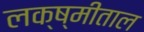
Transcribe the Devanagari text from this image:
लक्ष्मीताल